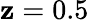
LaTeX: \mathbf{z}=0.5